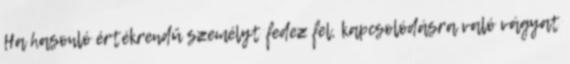
Ha hasonló értékrendű személyt fedez fel, kapcsolódásra való vágyat